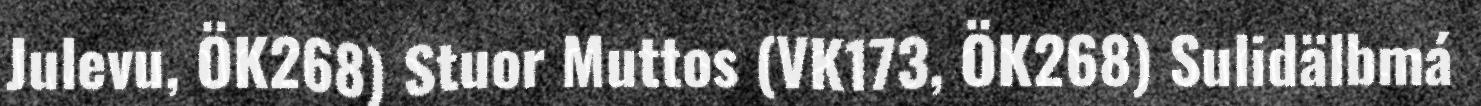
Julevu, ÖK268) Stuor Muttos (VK173, ÖK268) Sulidälbmá